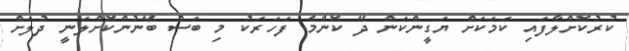
ކުރުކޮށްލާފައި ކަމަކަށް ޔަގީންކަން ދޭ ކޮންމެ ފަހަރަކު މި ބަސް ބޭނުންކޮށްލަނީ ދުލަށް